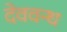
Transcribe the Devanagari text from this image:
देववन्ध